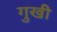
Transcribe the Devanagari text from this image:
गुखी